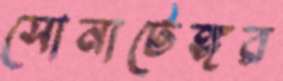
সোনাটেঙ্গর